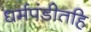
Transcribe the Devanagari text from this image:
धर्मपंडीतहि